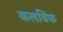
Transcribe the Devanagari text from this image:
कलविंक